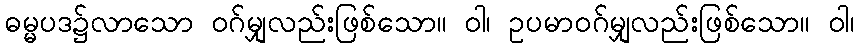
ဓမ္မပဒ၌လာသော ဝဂ်မျှလည်းဖြစ်သော။ ဝါ၊ ဥပမာဝဂ်မျှလည်းဖြစ်သော။ ဝါ၊